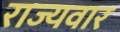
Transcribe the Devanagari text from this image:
राज्‍यवार